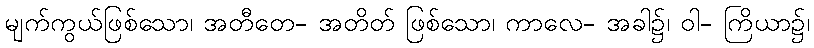
မျက်ကွယ်ဖြစ်သော၊ အတီတေ- အတိတ် ဖြစ်သော၊ ကာလေ- အခါ၌၊ ဝါ- ကြိယာ၌၊